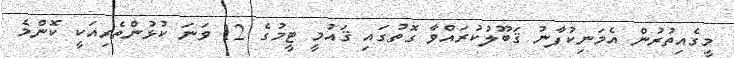
މީގެއިތުރުން އެމަނިކުފާނު ޤަބޫލުކުރައްވާ ގޮތުގައި ޤައުމީ ޓީމުގެ 12 ވަނަ ކުޅުންތެރިއަކީ ކޮންމެ